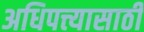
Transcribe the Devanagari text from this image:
अधिपत्त्यासाठी